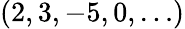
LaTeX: (2,3,-5,0,\dots)